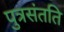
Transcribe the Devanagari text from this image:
पुत्रसंतति